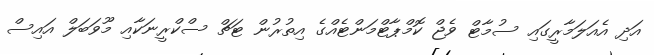
އަދި އެއަލަމާރީގައި ސުމާޓް ވެޖް ކޮމްޕާޓްމަންޓެއްގެ އިތުރުން ޓަޗް ސްކްރީނަކާއި މޫވަބަލް އައިސް